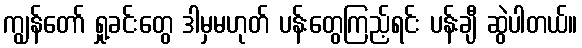
ကျွန်တော် ရှု့ခင်းတွေ ဒါမှမဟုတ် ပန်းတွေကြည့်ရင်း ပန်းချီ ဆွဲပါတယ်။